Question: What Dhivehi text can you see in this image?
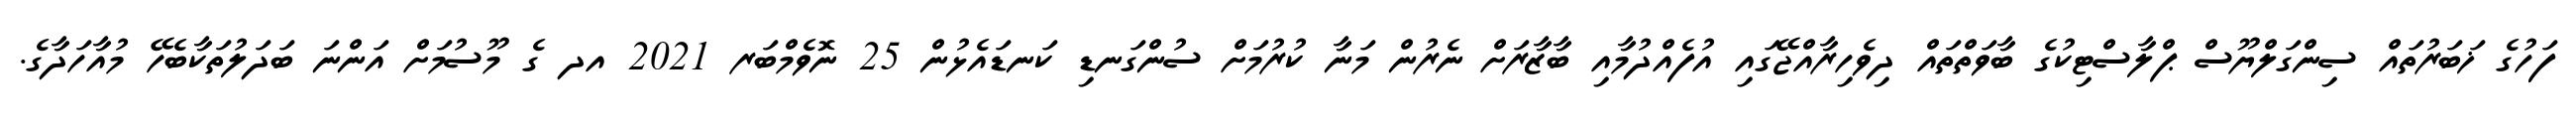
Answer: ފަހުގެ ޚަބަރުތައް ސިންގަލްޔޫސް ޕްލާސްޓިކުގެ ބާވަތްތައް ދިވެހިރާއްޖޭގައި އުފެއްދުމާއި ބާޒާރަށް ނެރުން މަނާ ކުރުމަށް ސުންގަނޑި ކަނޑައެޅުން 25 ނޮވެމްބަރ 2021 އދ ގެ މޫސުމަށް އަންނަ ބަދަލުތަކާބެހޭ މުއާހަދާގެ.